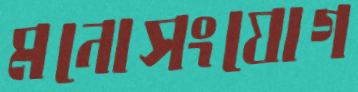
মনোসংযোগ